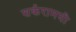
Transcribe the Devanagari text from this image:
शर्करामयी